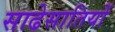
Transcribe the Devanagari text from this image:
साढेसातियों